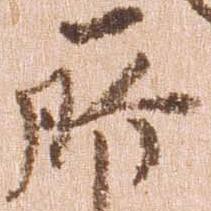
所